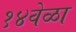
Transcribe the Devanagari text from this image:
१४वेळा